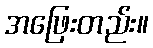
အဖြေးတည်း။